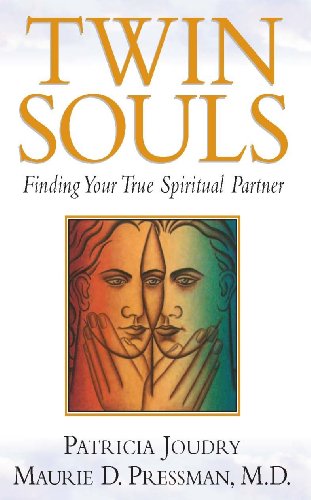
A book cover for Twin Souls - Finding Your True Spiritual Partner; Patricia Joundry - Maurie Pressman; Humor & Entertainment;